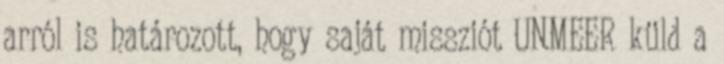
arról is határozott, hogy saját missziót UNMEER küld a